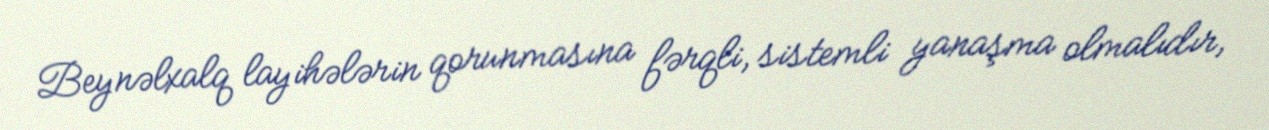
Beynəlxalq layihələrin qorunmasına fərqli, sistemli yanaşma olmalıdır,